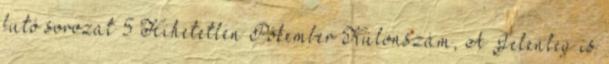
futó sorozat 5 Hihetetlen Pókember Különszám, A Jelenleg is